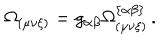
\Omega _ { \left( \mu \nu \xi \right) } = g _ { \alpha \beta } \Omega _ { \left( \mu \nu \xi \right) } ^ { \left\{ \alpha \beta \right\} } \, .